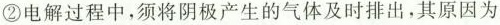
②电解过程中，须将阴极产生的气体及时排出，其原因为